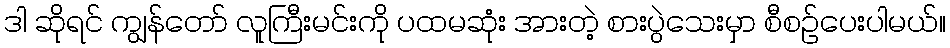
ဒါ ဆိုရင် ကျွန်တော် လူကြီးမင်းကို ပထမဆုံး အားတဲ့ စားပွဲသေးမှာ စီစဉ်ပေးပါမယ်။